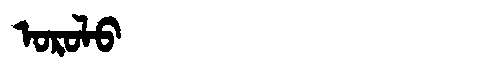
Manchu: ᠣᡵᠣᠯᠣ
Romanization: OROLO